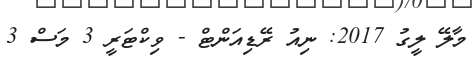
މާލޭ ލީގު 2017: ނިއު ރޭޑިއަންޓް - ވިކްޓަރީ 3 މަސް 3